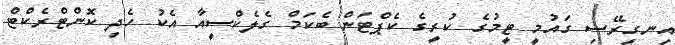
އިނގިރޭސި ގައުމީ ޓީމުގެ ކުރީގެ ކެޕްޓަން ބެކަމް ގެލެކްސީއާ އެކު ހެދި ކޮންޓްރެކްޓް